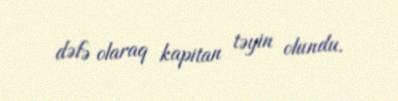
dəfə olaraq kapitan təyin olundu.